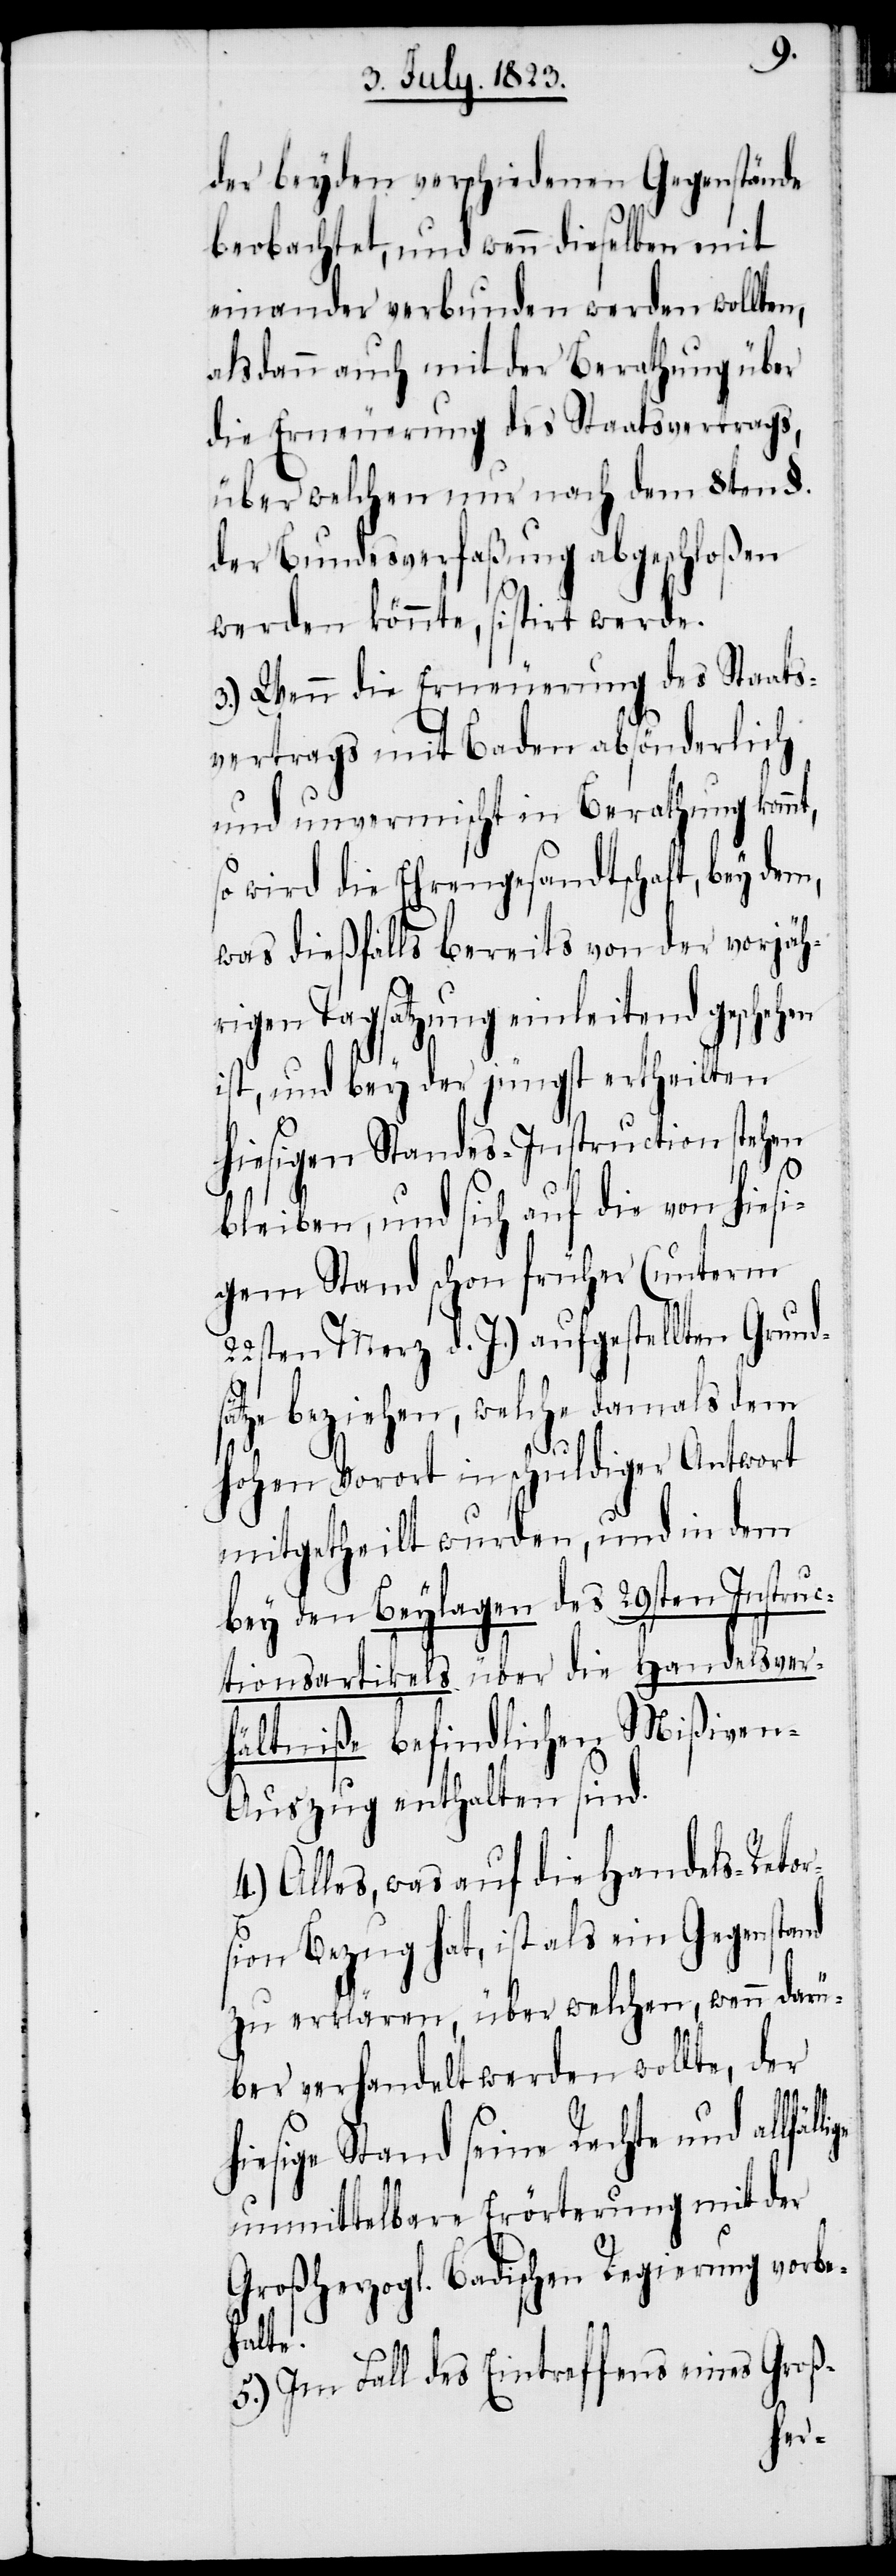
t,
der beyden verschiedenen Gegenstände
beobachtet, und wenn dieselben mit
einander verbunden werden wollten,
alsdann auch mit der Berathung über
die Erneuerung des Staatsvertrags,
über welchen nur nach dem 8ten §.
der Bundesverfaßung abgeschloßen
werden könnte, sistirt werde.
3.) Wenn die Erneuerung des Staats¬
vertrags mit Baden absönderlich
und unvermischt in Berathung komm¬
so wird die Ehrengesandtschaft, bey dem,
was dießfalls bereits von der vorjäh¬
rigen Tagsatzung einleitend gesche¬
ist, und bey der jüngst ertheilten
hiesigen Standes-Instruction stehen
bleiben, und sich auf die von hiesi¬
gem Stand schon früher (unterm
22sten Merz d. J.) aufgestellten Grund¬
sätze beziehen, welche damals dem
hohen Vorort in schuldiger Antwort
mitgetheilt wurden, und in dem
bey den Beylagen des 29sten Instruc¬
tionsartikels über die Handelsver¬
hältniße befindlichen Mißiven-A¬
uszug enthalten sind.
4.) Alles, was auf die Handels-Retor¬
sion Bezug hat, ist als ein Gegenstand
zu erklären, über welchen, wenn darü¬
ber verhandelt werden wollte, der
hiesige Stand seine Rechte und
unmittelbare Erörterung mit der
Großherzogl. Badischen Regierung vorbe¬
halte.
5.) Im Fall des Eintreffens eines Groß-
hen